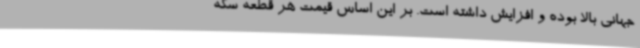
جهانی بالا بوده و افزایش داشته‌ است. بر این اساس قیمت هر قطعه سکه